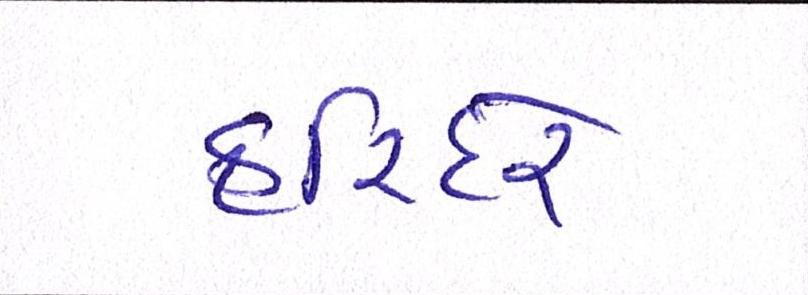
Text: હરિંદરે